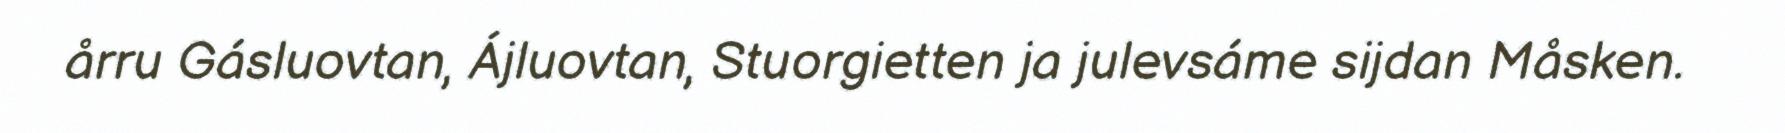
årru Gásluovtan, Ájluovtan, Stuorgietten ja julevsáme sijdan Måsken.